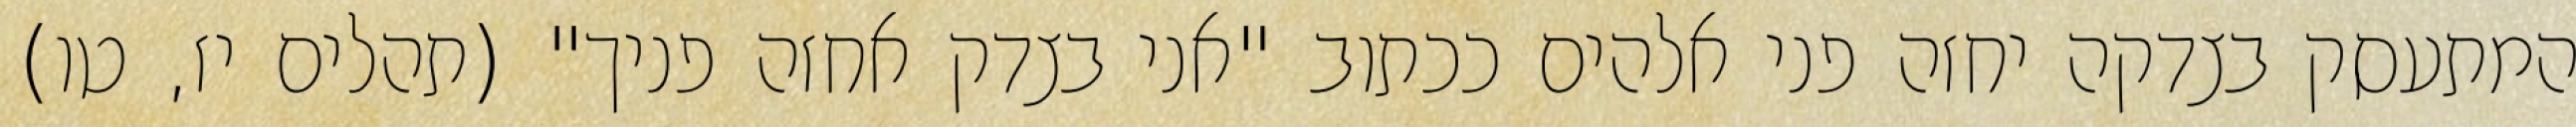
המתעסק בצדקה יחזה פני אלהים ככתוב "אני בצדק אחזה פניך" (תהלים יז, טו)